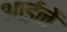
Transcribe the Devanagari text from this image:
आईनें